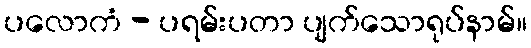
ပလောကံ - ပရမ်းပတာ ပျက်သောရုပ်နာမ်။